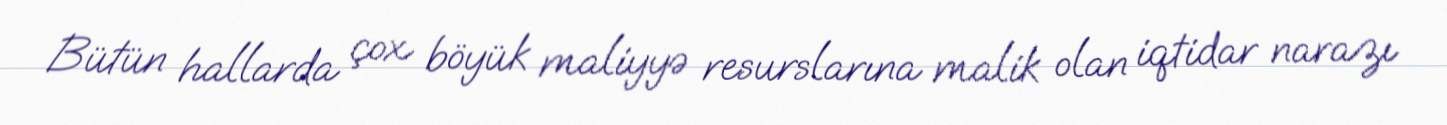
Bütün hallarda çox böyük maliyyə resurslarına malik olan iqtidar narazı